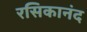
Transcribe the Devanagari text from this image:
रसिकानंद